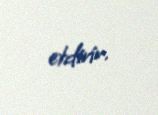
etdirir.